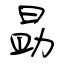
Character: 勗